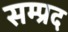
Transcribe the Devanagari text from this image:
सम्प्रद